Vaccination in Bombay 1874-1876 - 1874-1876
Year: 1874
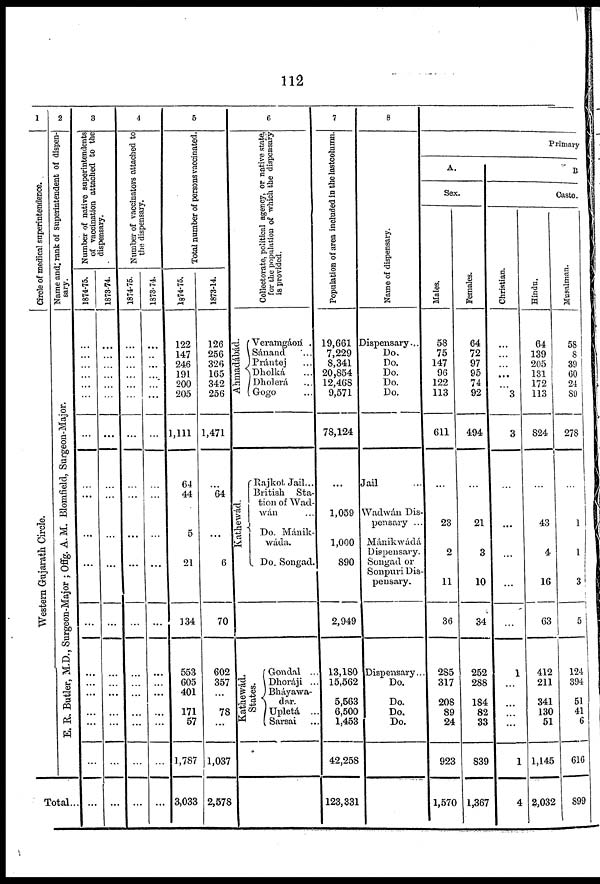
112
1
Circle of medical superintendence.
Western Gujarath Circle.
2
Name and rank of Superintendent of dispen
sary.
E. R. Butler, M.D., Surgeon-Major ; Offg. A. M. Blomfield, Surgeon-Major.
Total...
3
Number of native superintendents
of vaccination attached to the
dispensary.
1874-75.
...
...
...
...
...
...
...
...
...
...
...
...
...
...
...
...
...
...
...
1873-74.
...
...
...
...
...
...
...
...
...
...
...
...
...
...
...
...
...
...
...
4
Number of vaccinators attached to
the dispensary.
1874-75.
...
...
...
...
...
...
...
...
...
...
...
...
...
...
...
...
...
...
...
1873-74.
...
...
...
...
...
...
...
...
...
...
...
...
...
...
...
...
...
...
...
5
Total number of persons vaccinated.
1874-75.
122
147
246
191
200
205
1,111
64
44
5
21
134
553
605
401
171
57
1,787
3,033
1873-74.
126
256
326
165
342
256
1,471
...
64
...
6
70
602
357
...
78
...
1,037
2,578
6
Collectorate, political agency, or native state
for the population of which the dispensary
is provided.
Ahmadábád.
Veramgáoń .
Sánand ...
Prántej ...
Dholká ...
Dholerá
...
Gogo ...
Kathewád.
Rajkot Jail...
British Sta
tion of Wad-
wán ...
Do. Mánik-
wáda.
Do. Songad.
Kathewád.
States.
Gondal ...
Dhoráji ...
Bháyawa-
dar.
Upletá ...
Sarsai ...
7
Population of area included in the lastcolumn.
19,661
7,229
8,341
20,854
12,468
9,571
78,124
...
1,059
1,000
890
2,949
13,180
15,562
5,563
6,500
1,453
42,258
123,331
8
Name of dispensary.
Dispensary...
Do.
Do.
Do.
Do.
Do.
Jail ...
Wadwán Dis
pensary ...
Mánikwáda
Dispensary.
Songad or
Sonpuri Dis-
pensary.
Dispensary..
Do.
Do.
Do.
Do.
Primary
A.
Sex.
Males.
58
75
147
96
122
113
611
...
23
2
11
36
285
317
208
89
24
923
1,570
Females.
64
72
97
95
74
92
494
...
21
3
10
34
252
288
184
82
33
839
1,367
B.
Caste.
Christian.
...
...
...
...
...
3
3
...
...
...
...
...
1
...
...
...
...
1
4
Hindu.
64
139
205
131
172
113
824
...
43
4
16
63
412
211
341
130
51
1,145
2,032
Musalman.
58
8
39
60
24
89
278
...
1
1
3
5
124
394
51
41
6
616
899